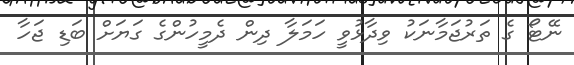
ނޭޓޯ ގެ ތަރުޖަމާނަކު ވިދާޅުވީ ހަމަލާ ދިން ދެމީހުންގެ ގަޔަށް ބަޑި ޖަހާ